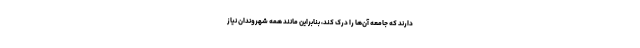
دارند که جامعه آن‌ها را درک کند، بنابراین مانند همه شهروندان نیاز